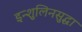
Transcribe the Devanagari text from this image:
इन्शुलिनसुद्धा